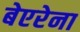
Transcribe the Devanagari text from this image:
बेएरेना